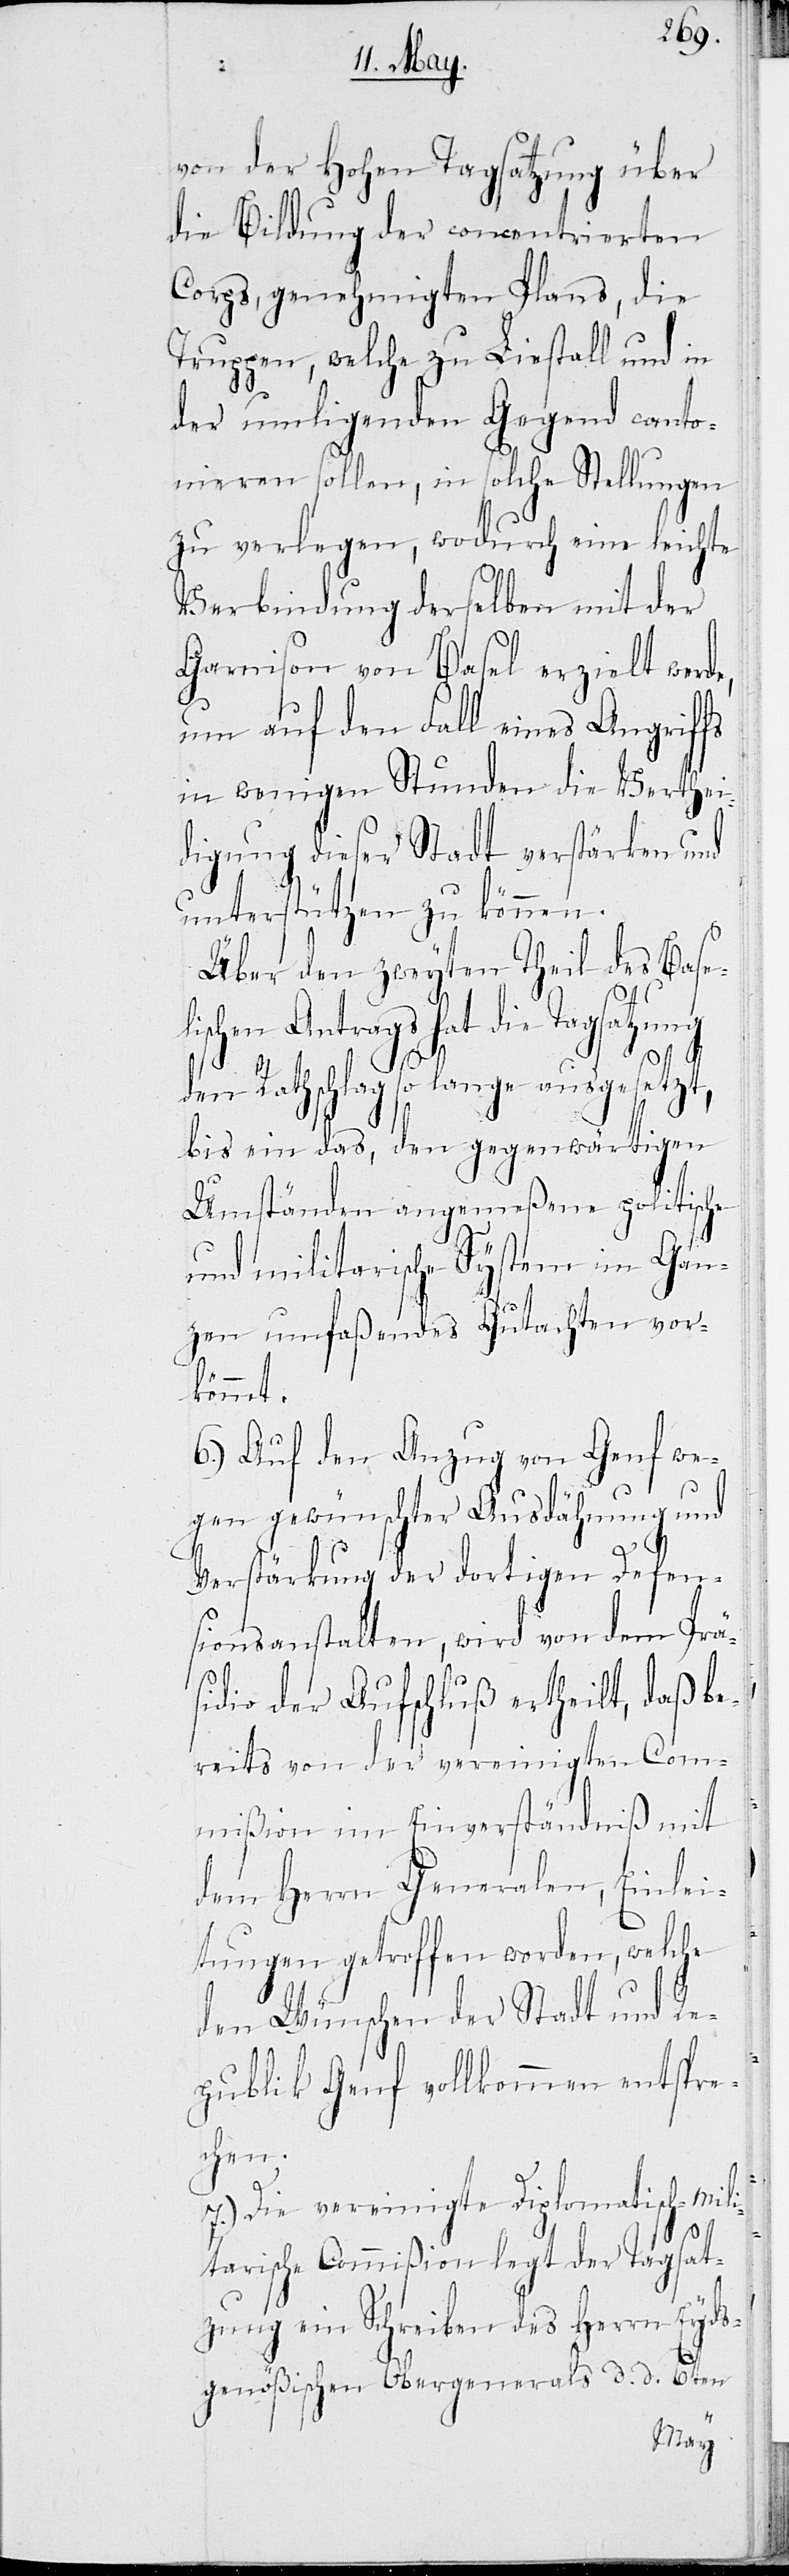
von Hohen Tagsatzung über
die Bildung der concentrierten
Corps, genehmigten Plans, die
Treppen, welche zu Liestall und in
der umligenden Gegend canto¬
nieren sollen, in solche Stellungen
zu verlegen, wodurch eine leichte
Verbindung derselben mit der
Garnison von Basel erzielt werd¬
um auf den Fall eines Angriffs
in wenigen Stunden die Verthei¬
digung dieser Stadt verstärken und
unterstützen zu können.
Über den zweiten Theil des Basel¬
ischen Antrags hat die Tagsatzung
den Rathschlag so lange ausgesetzt,
bis ein das, den gegenwärtigen
Umständen angemeßene politische
und militarische System im Gan¬
zen umfaßendes Gutachten vor¬
kömmt.
6.) Auf den Anzug von Genf we¬
gen gewünschter Ausdähnung und
Verstärkung der dortigen Defen¬
sionsanstalten, wird von dem Prä¬
sidio der Aufschluß ertheilt, daß be¬
reits von der vereinigten Com¬
mißion im Einverständnis mit
dem Herrn Generalen, Einlei¬
tungen getroffen worden, welche
den Wünschen der Stadt und Re¬
publik Genf vollkommen entspre¬
chen.
7.) Die vereinigte Diplomatisch-Mili¬
e,
tarische Commißion legt der Tagsat¬
zung ein Schreiben des Herrn Eyds¬
genößischen Obergenerals d. d. 6ten